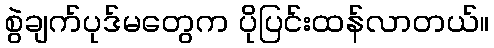
စွဲချက်ပုဒ်မတွေက ပိုပြင်းထန်လာတယ်။